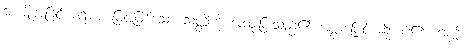
အကျိုးအခြင်းအရာအားဖြင့်ဖြစ်သော သတ္တိကို အထူးပြုသည်၏ အစွမ်းဖြင့် ဆိုအပ်၏။ ဂဏ္ဌိ၊